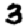
Digit: 3